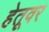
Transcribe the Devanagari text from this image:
हेतूवर